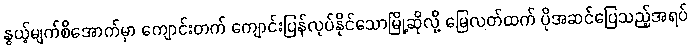
နွယ့်မျက်စိအောက်မှာ ကျောင်းတက် ကျောင်းပြန်လုပ်နိုင်သောမြို့ဆိုလို့ မြေလတ်ထက် ပိုအဆင်ပြေသည့်အရပ်